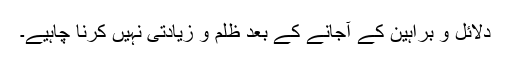
دلائل و براہین کے آجانے کے بعد ظلم و زیادتی نہیں کرنا چاہیے۔